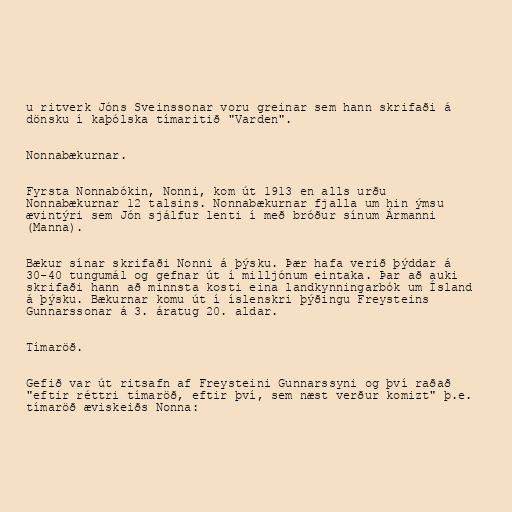
u ritverk Jóns Sveinssonar voru greinar sem hann skrifaði á
dönsku í kaþólska tímaritið "Varden".

Nonnabækurnar.

Fyrsta Nonnabókin, Nonni, kom út 1913 en alls urðu
Nonnabækurnar 12 talsins. Nonnabækurnar fjalla um hin ýmsu
ævintýri sem Jón sjálfur lenti í með bróður sínum Ármanni
(Manna).

Bækur sínar skrifaði Nonni á þýsku. Þær hafa verið þýddar á
30-40 tungumál og gefnar út í milljónum eintaka. Þar að auki
skrifaði hann að minnsta kosti eina landkynningarbók um Ísland
á þýsku. Bækurnar komu út í íslenskri þýðingu Freysteins
Gunnarssonar á 3. áratug 20. aldar.

Tímaröð.

Gefið var út ritsafn af Freysteini Gunnarssyni og því raðað
"eftir réttri tímaröð, eftir því, sem næst verður komizt" þ.e.
tímaröð æviskeiðs Nonna: